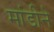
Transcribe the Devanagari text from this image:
मांडीने